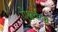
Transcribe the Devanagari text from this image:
ऐश्वर्यला